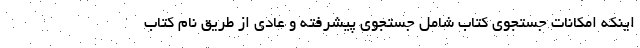
اینکه امکانات جستجوی کتاب شامل جستجوی پیشرفته و عادی از طریق نام کتاب